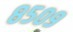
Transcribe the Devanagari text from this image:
८५०९